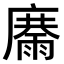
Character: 𩃽